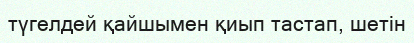
түгелдей қайшымен қиып тастап, шетін